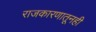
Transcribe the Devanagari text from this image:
राजकारणातूनही